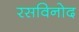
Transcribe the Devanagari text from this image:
रसविनोद